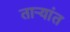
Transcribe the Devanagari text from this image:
ताऱ्यांत